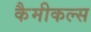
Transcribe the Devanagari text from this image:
कैमीकल्स